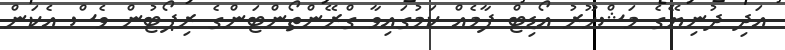
އަދި ދުނިޔޭގެ މަޝްހޫރު އޯޑިޓް ފާމެއް ކަމުގައިވާ ގްރޭންތޯންޓަންގެ ރިޕޯޓުން ވެސް އެކަން